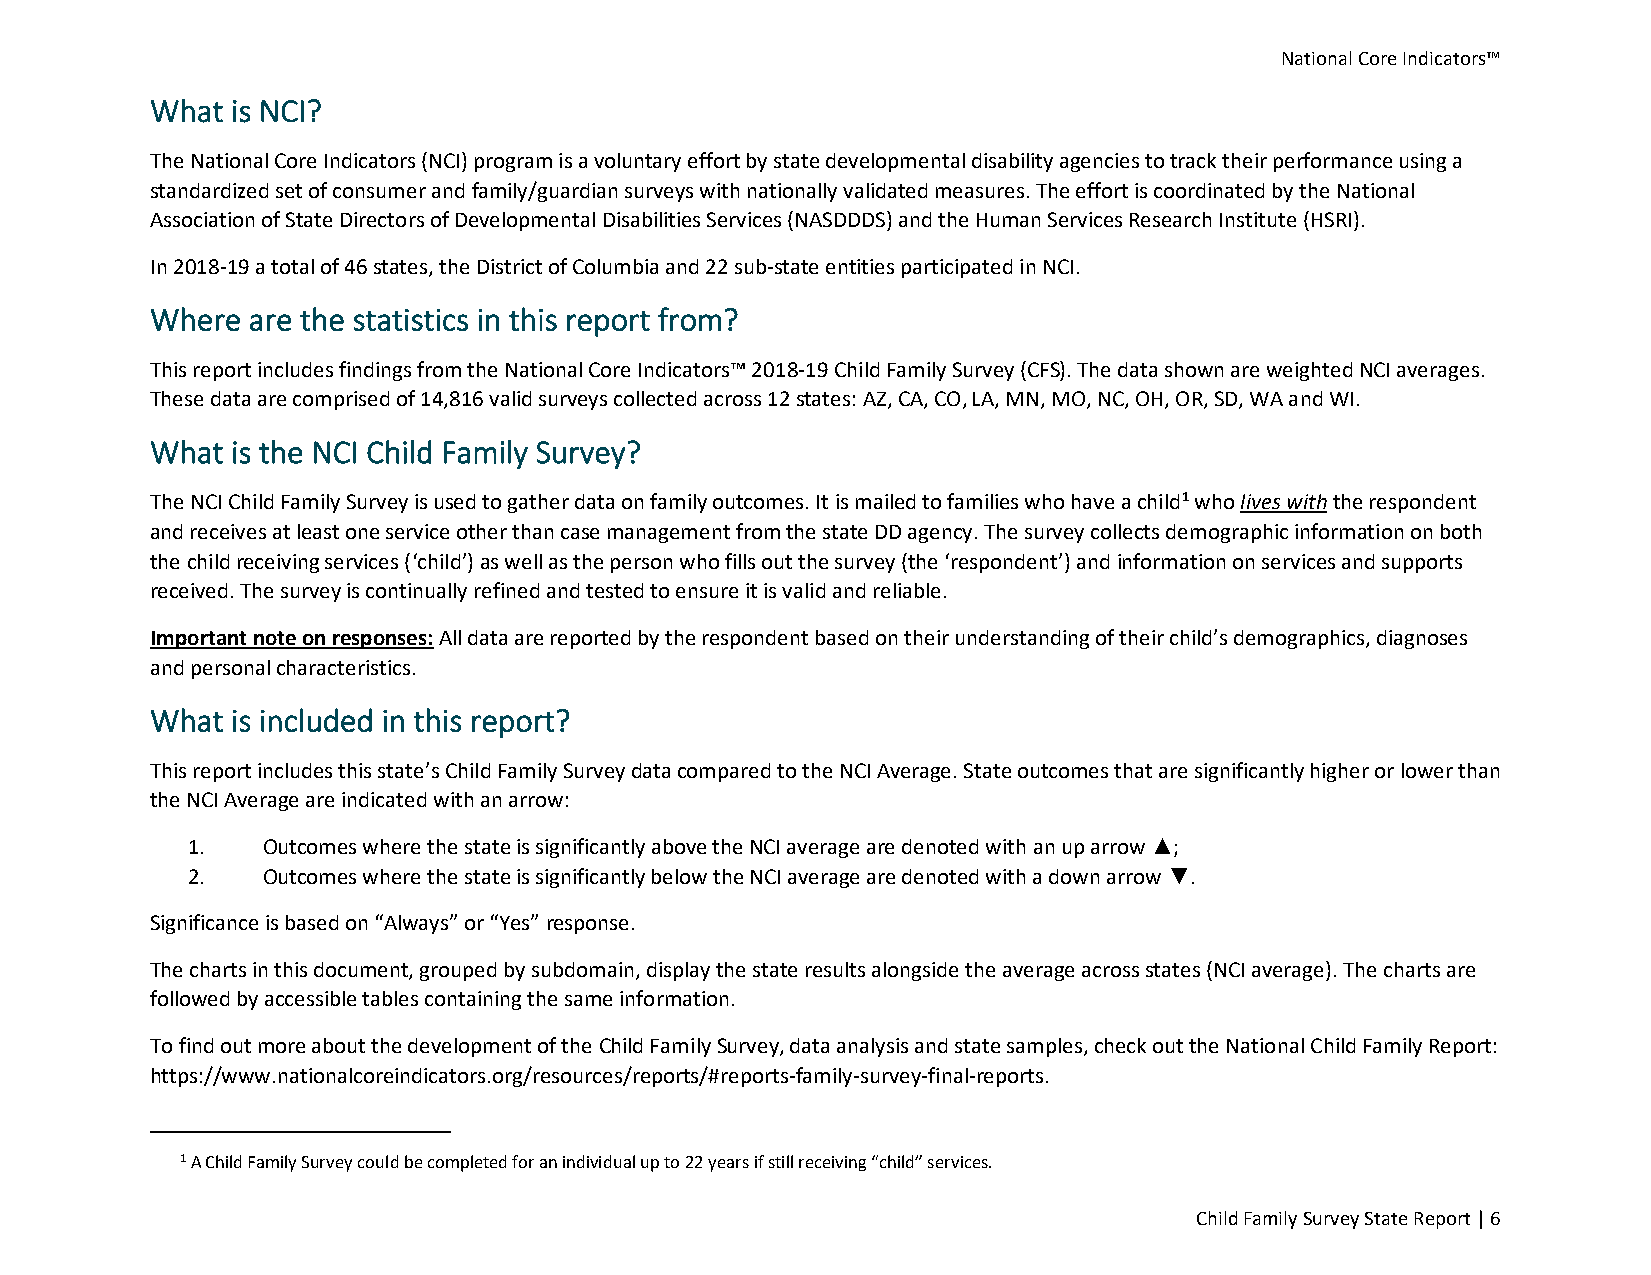
National Core Indicators™
 What is NCI?
 The National Core Indicators (NCI) program is a voluntary effort by state developmental disability agencies to track their performance using a
 standardized set of consumer and family/guardian surveys with nationally validated measures. The effort is coordinated by the National
 Association of State Directors of Developmental Disabilities Services (NASDDDS) and the Human Services Research Institute (HSRI).
 In 2018-19 a total of 46 states, the District of Columbia and 22 sub-state entities participated in NCI.
 Where are the statistics in this report from?
 This report includes findings from the National Core Indicators™ 2018-19 Child Family Survey (CFS). The data shown are weighted NCI averages.
 These data are comprised of 14,816 valid surveys collected across 12 states: AZ, CA, CO, LA, MN, MO, NC, OH, OR, SD, WA and WI.
 What is the NCI Child Family Survey?
 The NCI Child Family Survey is used to gather data on family outcomes. It is mailed to families who have a child1 who lives with the respondent
 and receives at least one service other than case management from the state DD agency. The survey collects demographic information on both
 the child receiving services (‘child’) as well as the person who fills out the survey (the ‘respondent’) and information on services and supports
 received. The survey is continually refined and tested to ensure it is valid and reliable.
 Important note on responses: All data are reported by the respondent based on their understanding of their child’s demographics, diagnoses
 and personal characteristics.
 What is included in this report?
 This report includes this state’s Child Family Survey data compared to the NCI Average. State outcomes that are significantly higher or lower than
 the NCI Average are indicated with an arrow:
 1.   Outcomes where the state is significantly above the NCI average are denoted with an up arrow ▲;
 2.   Outcomes where the state is significantly below the NCI average are denoted with a down arrow ▼.
 Significance is based on “Always” or “Yes” response.
 The charts in this document, grouped by subdomain, display the state results alongside the average across states (NCI average). The charts are
 followed by accessible tables containing the same information.
 To find out more about the development of the Child Family Survey, data analysis and state samples, check out the National Child Family Report:
 https://www.nationalcoreindicators.org/resources/reports/#reports-family-survey-final-reports.
 1 A Child Family Survey could be completed for an individual up to 22 years if still receiving “child” services.
 Child Family Survey State Report | 6